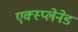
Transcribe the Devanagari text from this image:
एक्स्प्लेनेड